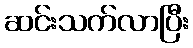
ဆင်းသက်လာပြီး